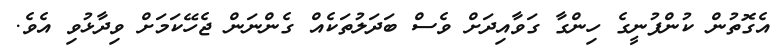
އެގޮތުން ކުންފުނީގެ ހިންގާ ގަވާއިދަށް ވެސް ބަދަލުތަކެއް ގެންނަން ޖެހޭކަމަށް ވިދާޅުވި އެވެ.